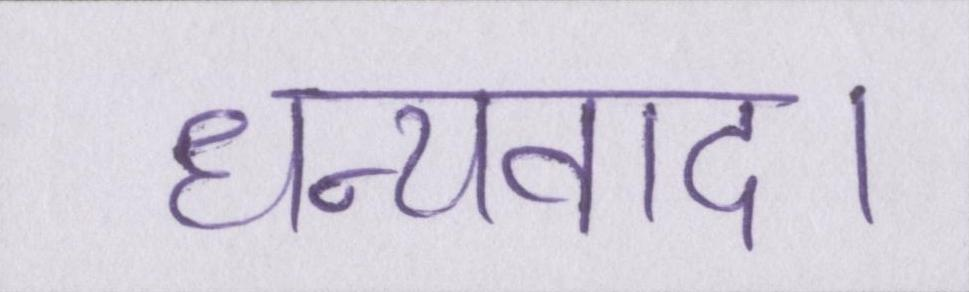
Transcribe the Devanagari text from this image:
धन्यवाद।